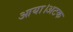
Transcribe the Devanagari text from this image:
आया।अटक